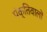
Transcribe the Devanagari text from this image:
पंक्तिवालों